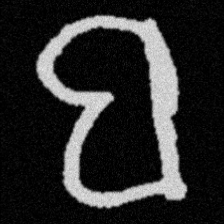
Pyu character \u2014 Myanmar letter: ဗ (romanized: ba)